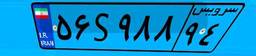
۳۶S۱۹۰۰۲